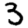
Digit: 3